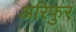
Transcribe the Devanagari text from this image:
अरिफुर